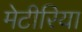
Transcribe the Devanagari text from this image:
मेटीरिया